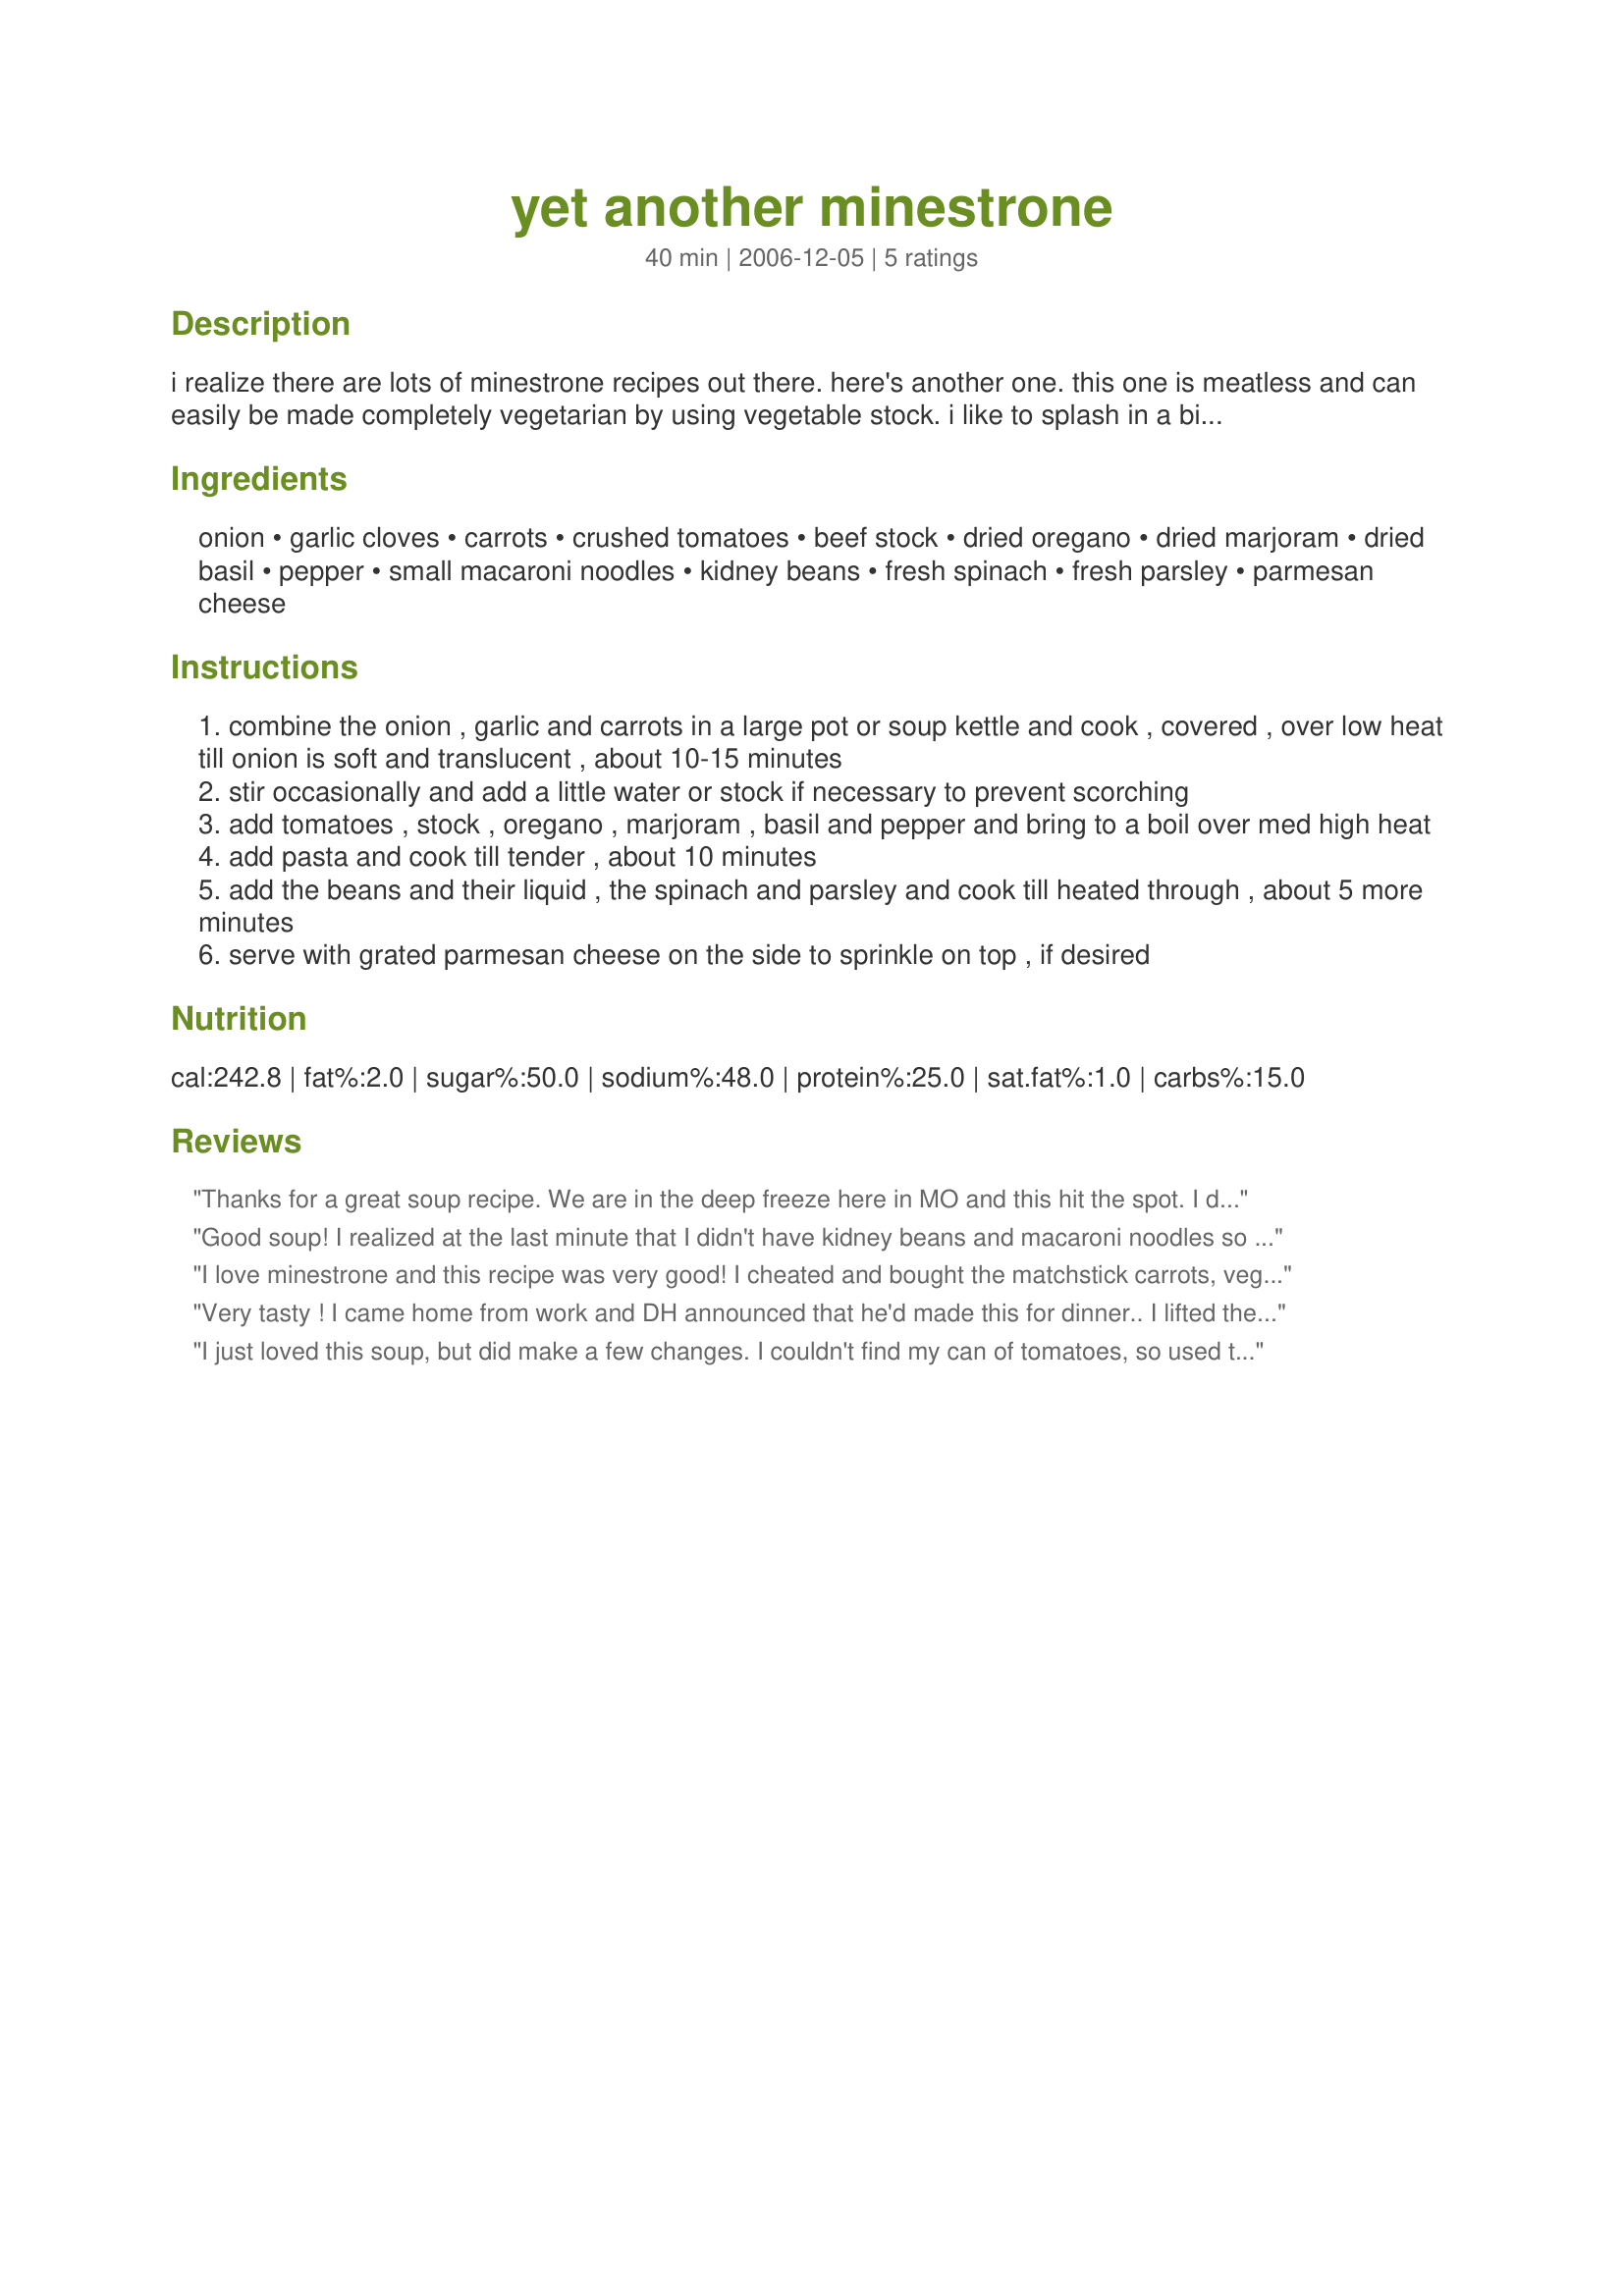
yet another minestrone
Preparation time: 40 minutes

i realize there are lots of minestrone recipes out there. here's another one. this one is meatless and can easily be made completely vegetarian by using vegetable stock. i like to splash in a bit of wine when i make this. adapted from cook it light: pasta, rice and beans.

Ingredients:
onion, garlic cloves, carrots, crushed tomatoes, beef stock, dried oregano, dried marjoram, dried basil, pepper, small macaroni noodles, kidney beans, fresh spinach, fresh parsley, parmesan cheese

Steps:
combine the onion , garlic and carrots in a large pot or soup kettle and cook , covered , over low heat till onion is soft and translucent , about 10-15 minutes
stir occasionally and add a little water or stock if necessary to prevent scorching
add tomatoes , stock , oregano , marjoram , basil and pepper and bring to a boil over med high heat
add pasta and cook till tender , about 10 minutes
add the beans and their liquid , the spinach and parsley and cook till heated through , about 5 more minutes
serve with grated parmesan cheese on the side to sprinkle on top , if desired

Reviews:
Thanks for a great soup recipe. We are in the deep freeze here in MO and this hit the spot. I did add another can of broth, as my soup was very thick. I also added some celery and I used frozen mustard greens instead of spinach. I used white cannelli beans. Thanks again!
Good soup! I realized at the last minute that I didn't have kidney beans and macaroni noodles so I substituted pinto beans and farfalle. This was a nice, simple and tasty soup. Thanks Pattikay.
I love minestrone and this recipe was very good! I cheated and bought the matchstick carrots, vegetable broth instead of the others, fresh spinach, and the dried parsley. Added a little more pepper and did use the small macaroni. The seasonings are perfect and the parmesan cheese, definitely add that! Thank you Patti for my new favorite minestrone recipe!
Very tasty ! I came home from work and DH announced that he'd made this for dinner.. I lifted the lid of the pot and burst out laughing when I found that he'd made it with Bob The Builder pasta shapes!
.. he said " well it said " other small pasta" in the recipe,.. and this IS " LOL, cooking can be a giggle some days :) The taste was good, strong and hearty, and once you have had a decent plateful you are quite full, so this is not a starter soup, more a true Main Course one. I liked this better than DH did, but he never was too much of a soup fan so I rated this as a soup lover should. Please see my rating system: 4 lovely stars for an easy and excellent winter night's evening meal. Thanks!
I just loved this soup, but did make a few changes. I couldn't find my can of tomatoes, so used tomato with roasted garlic soup. I used vegetable stock, 3 cloves of garlic, left out the kidney beans and the parmesan cheese. Thanks for posting!
